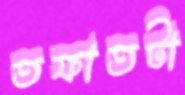
তফাতটা